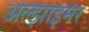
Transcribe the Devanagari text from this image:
अल्‍झाइमर